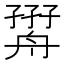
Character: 𦩧